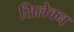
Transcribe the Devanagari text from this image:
सिलेक्न